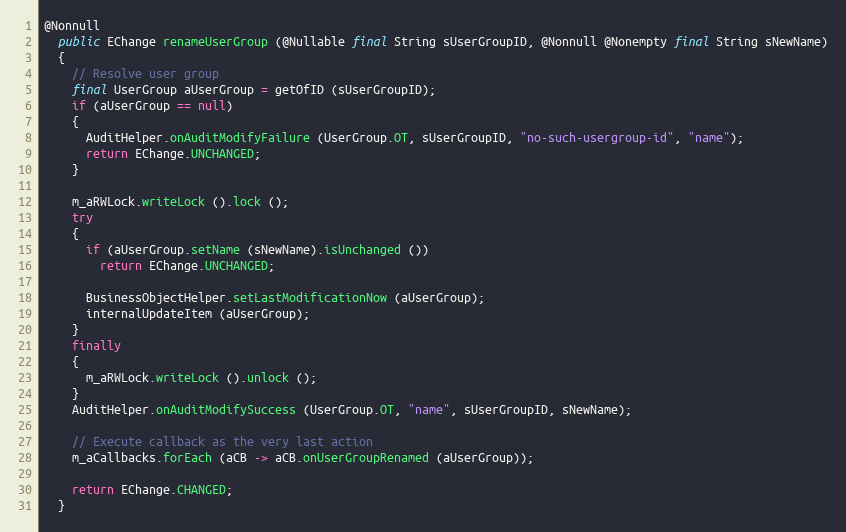
Language: Java
@Nonnull
  public EChange renameUserGroup (@Nullable final String sUserGroupID, @Nonnull @Nonempty final String sNewName)
  {
    // Resolve user group
    final UserGroup aUserGroup = getOfID (sUserGroupID);
    if (aUserGroup == null)
    {
      AuditHelper.onAuditModifyFailure (UserGroup.OT, sUserGroupID, "no-such-usergroup-id", "name");
      return EChange.UNCHANGED;
    }

    m_aRWLock.writeLock ().lock ();
    try
    {
      if (aUserGroup.setName (sNewName).isUnchanged ())
        return EChange.UNCHANGED;

      BusinessObjectHelper.setLastModificationNow (aUserGroup);
      internalUpdateItem (aUserGroup);
    }
    finally
    {
      m_aRWLock.writeLock ().unlock ();
    }
    AuditHelper.onAuditModifySuccess (UserGroup.OT, "name", sUserGroupID, sNewName);

    // Execute callback as the very last action
    m_aCallbacks.forEach (aCB -> aCB.onUserGroupRenamed (aUserGroup));

    return EChange.CHANGED;
  }